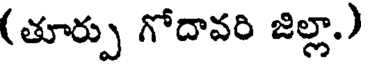
(తూర్పు గోదావరి జిల్లా.)